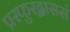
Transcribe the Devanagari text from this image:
प्रस्फुरद्वाससं